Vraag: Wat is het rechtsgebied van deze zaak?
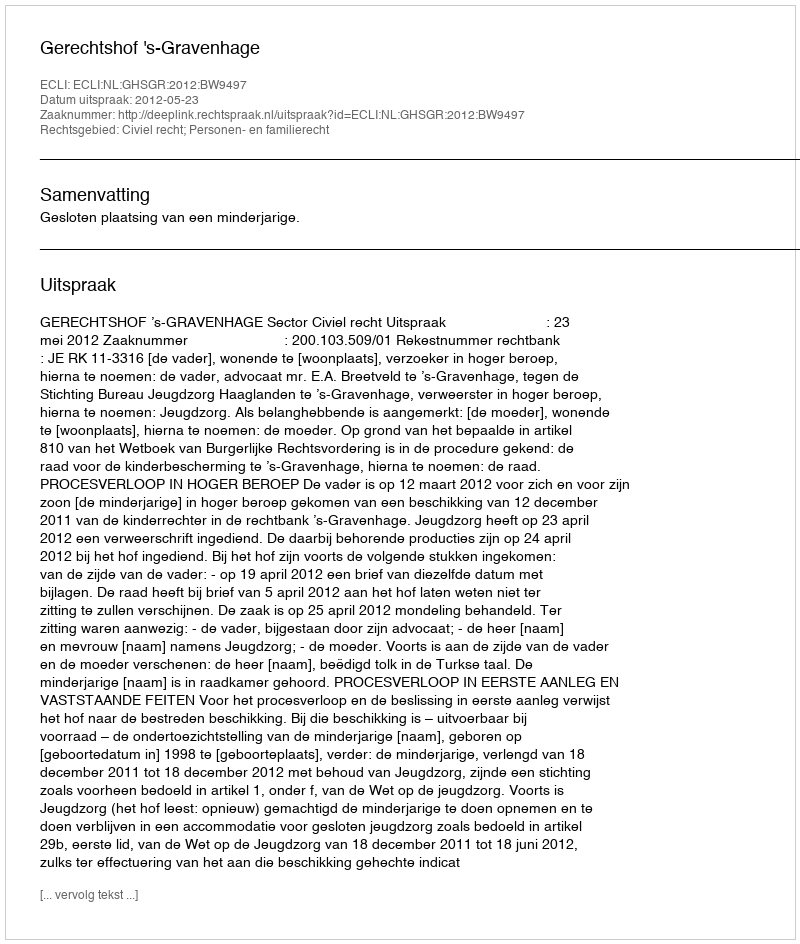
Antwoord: Civiel recht; Personen- en familierecht